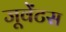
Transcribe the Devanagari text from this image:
जूवेंटस